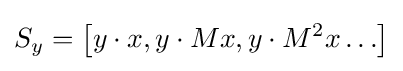
S_{y}=\left[y\cdot x,y\cdot Mx,y\cdot M^{2}x\ldots \right]